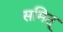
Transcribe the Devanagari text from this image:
समित्